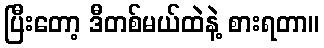
ပြီးတော့ ဒီတစ်မယ်ထဲနဲ့ စားရတာ။